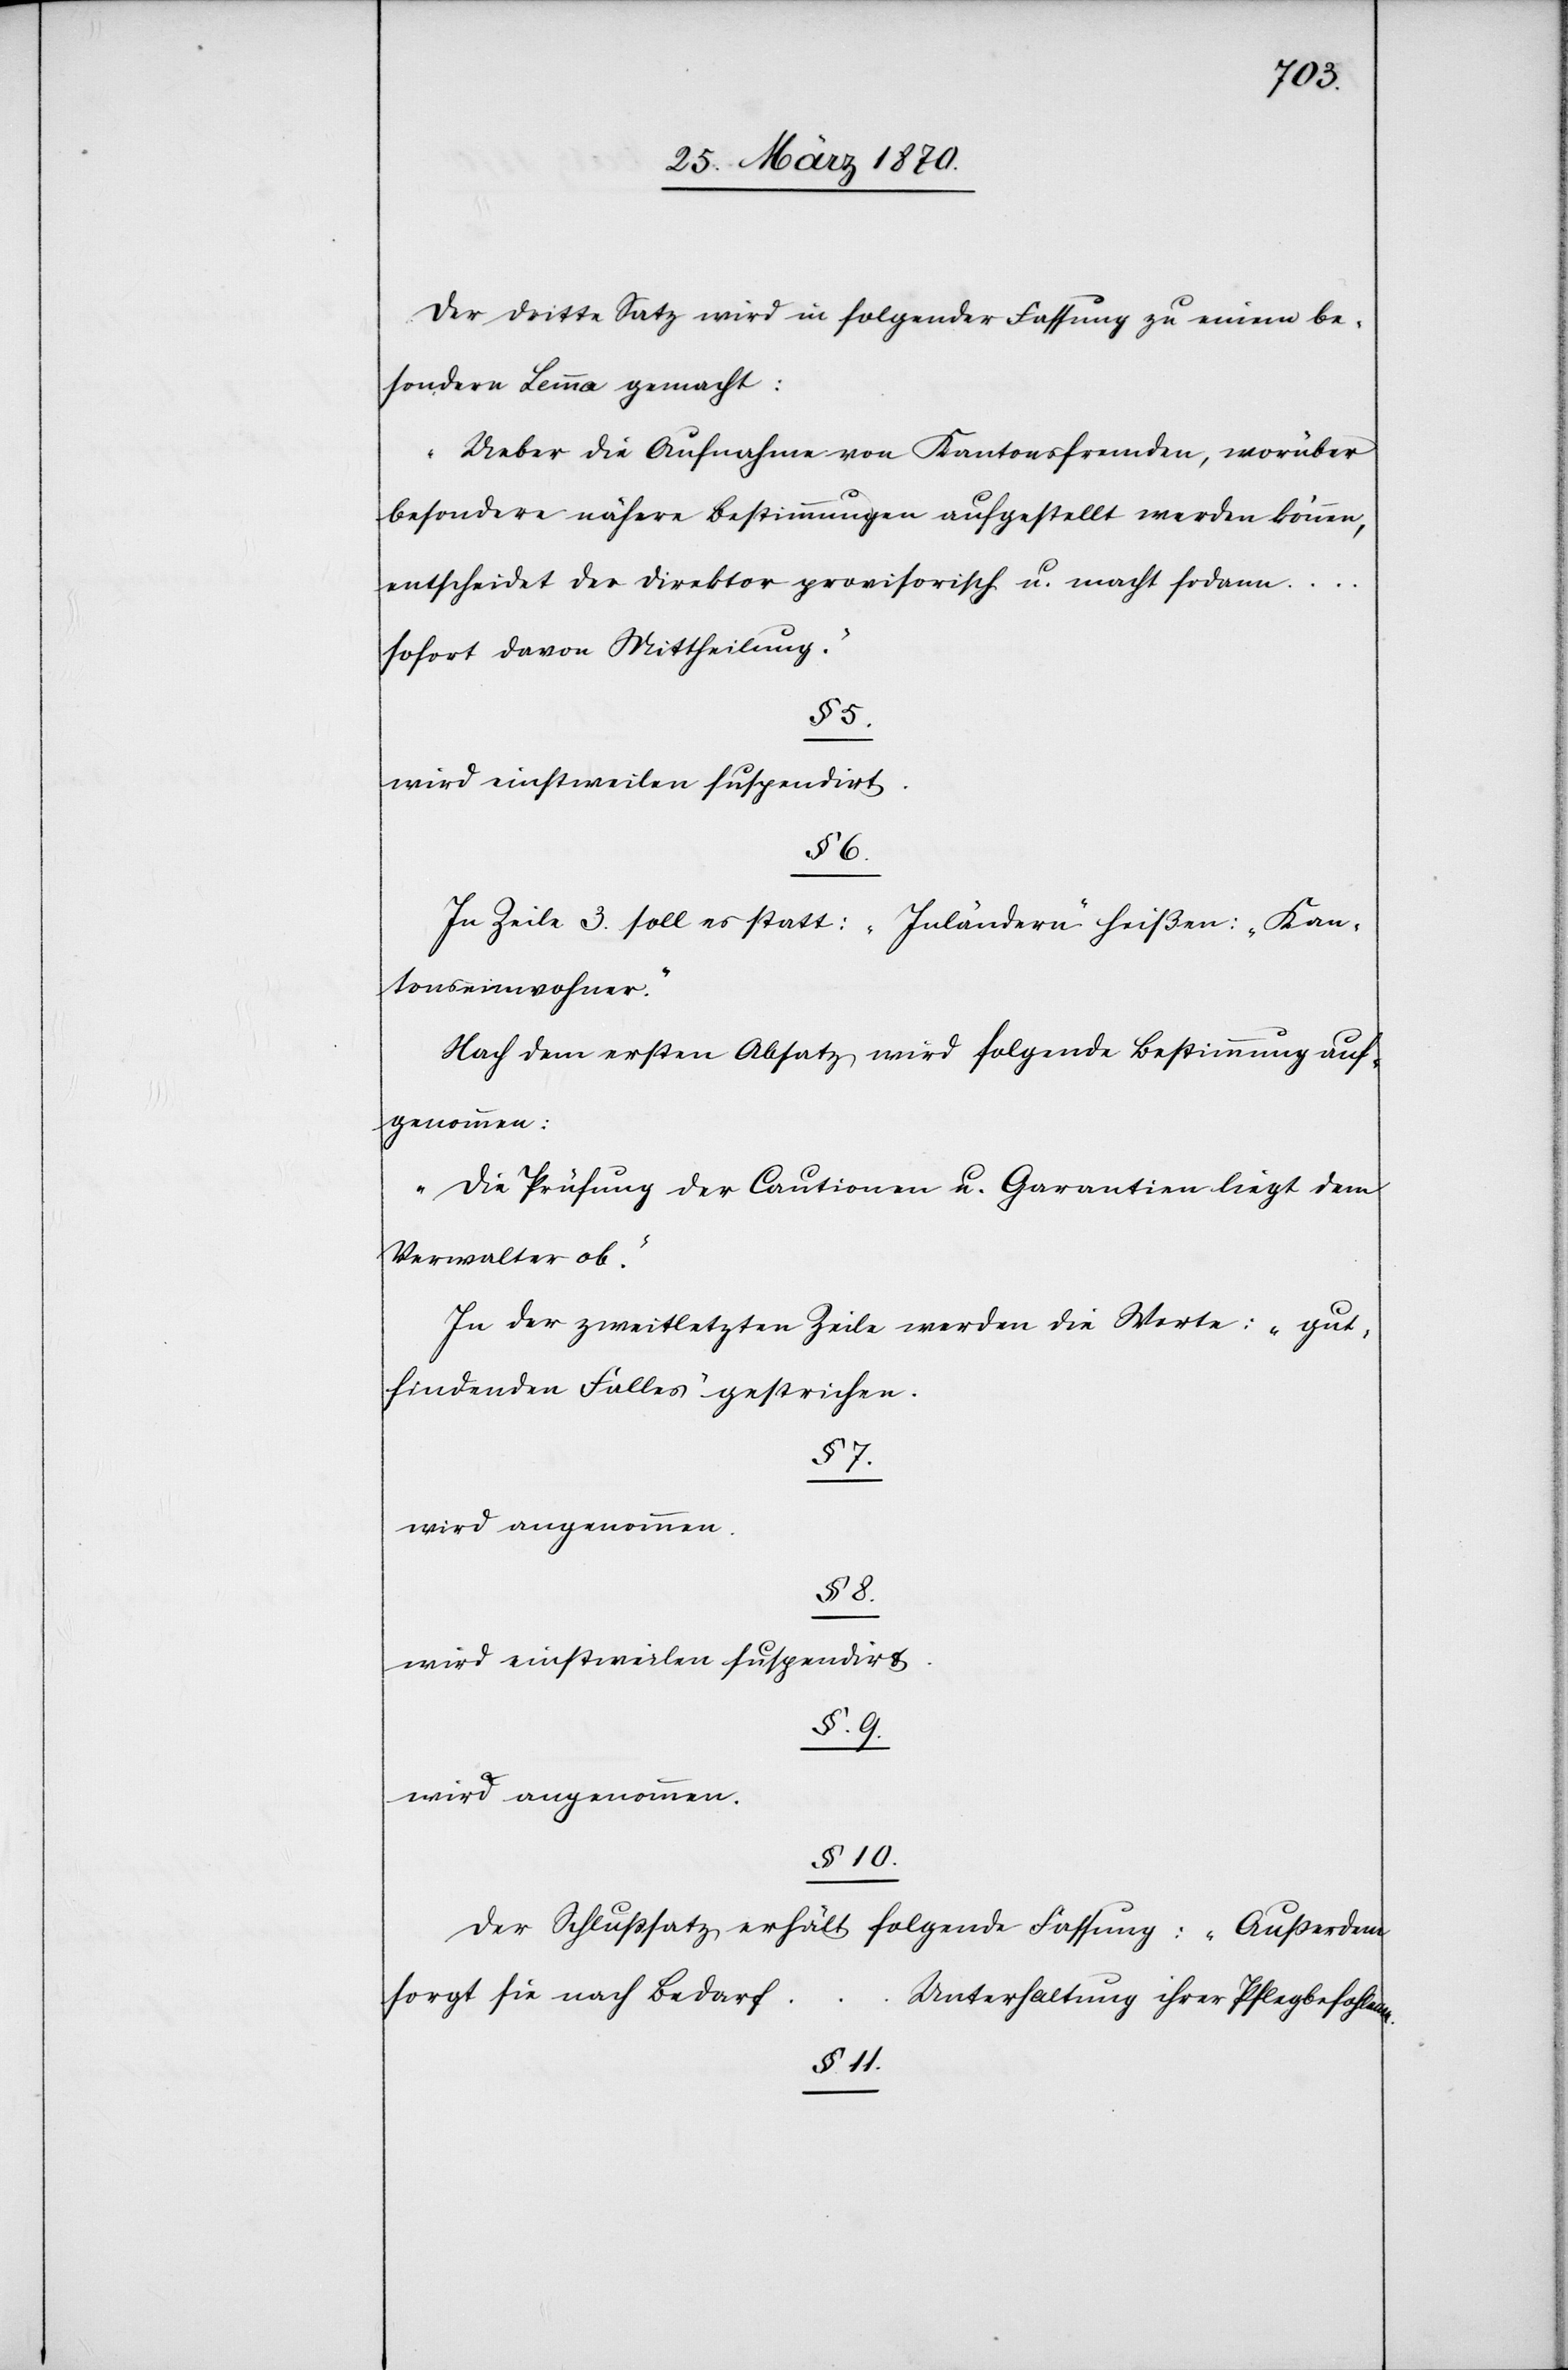
Der dritte Satz wird in folgender Fassung zu einem be¬
sondern Lemma gemacht:
„Ueber die Aufnahme von Kantonsfremden, worüber
besondere nähere Bestimmungen aufgestellt werden können,
entscheidet der Direktor provisorisch u. macht sodann …
sofort davon Mittheilung.“
§ 5.
wird einstweilen suspendirt.
§ 6.
In Zeile 3. soll es statt: „Inländern“ heißen: „Kan¬
tonseinwohner“.
Nach dem ersten Absatz wird folgende Bestimmung auf¬
genommen:
„Die Prüfung der Cautionen u. Garantien liegt dem
Verwalter ob.“
In der zweitletzten Zeile werden die Worte: „gut¬
findenden Falles“ gestrichen.
§ 7.
wird angenommen.
§ 8.
9.
wird angenommen.
§ 10.
Der Schlußsatz erhält
folgende Fassung: „Außerdem
sorgt sie nach Bedarf …
Unterhaltung ihrer Pflegebefohlenen.“
§ 11.